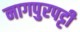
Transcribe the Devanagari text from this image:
नागपुरपट्टी